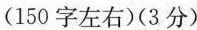
(150 字左右)(3 分)